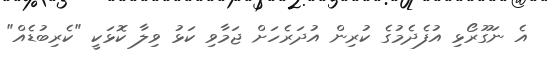
އެ ނަގޫރޯޅި އުފެދެމުގެ ކުރިން އުދަރެހަށް ޖަމާވި ކަޅު ވިލާ ކޮޅަކީ "ކެރިބުޑެއް"